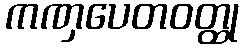
ကဏှပေတဝတ္ထု